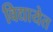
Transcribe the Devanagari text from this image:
विद्यायेत